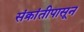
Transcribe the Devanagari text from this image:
संक्रांतीपासून